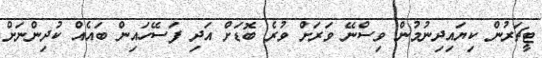
ޓީޗަރުން ކިޔައިދިނުމުން ވިސްނޭ ވަރަށް ވުރެ ބޮޑަށް އަދި ފަސޭހައިން ބައެއް ކުދިންނަށް